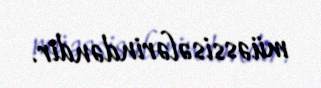
müəssisələrindəndir.